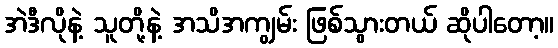
အဲဒီလိုနဲ့ သူတို့နဲ့ အသိအကျွမ်း ဖြစ်သွားတယ် ဆိုပါတော့။